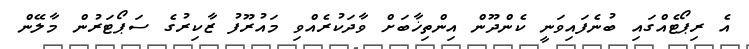
އެ ރިޕޯޓެއްގައި ބުނެފައިވަނީ ކެންދޫން އިންތިޚާބަށް ވާދަކުރެއްވި މައުރޫފު ޒާކިރުގެ ސަޕޯޓަރުން މާލޭން